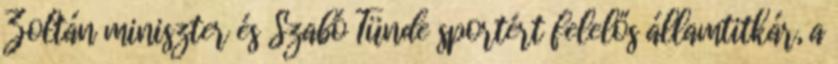
Zoltán miniszter és Szabó Tünde sportért felelős államtitkár, a